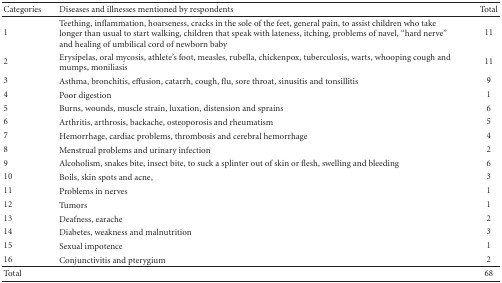
| Categories | Diseases and illnesses mentioned by respondents | Total |
 | --- | --- | --- |
 | 1 | Teething, inflammation, hoarseness, cracks in the sole of the feet, general pain, to assist children who take longer than usual to start walking, children that speak with lateness, itching, problems of navel, “hard nerve” and healing of umbilical cord of newborn baby | 11 |
 | 2 | Erysipelas, oral mycosis, athlete's foot, measles, rubella, chickenpox, tuberculosis, warts, whooping cough and mumps, moniliasis | 11 |
 | 3 | Asthma, bronchitis, effusion, catarrh, cough, flu, sore throat, sinusitis and tonsillitis | 9 |
 | 4 | Poor digestion | 1 |
 | 5 | Burns, wounds, muscle strain, luxation, distension and sprains | 6 |
 | 6 | Arthritis, arthrosis, backache, osteoporosis and rheumatism | 5 |
 | 7 | Hemorrhage, cardiac problems, thrombosis and cerebral hemorrhage | 4 |
 | 8 | Menstrual problems and urinary infection | 2 |
 | 9 | Alcoholism, snakes bite, insect bite, to suck a splinter out of skin or flesh, swelling and bleeding | 6 |
 | 10 | Boils, skin spots and acne, | 3 |
 | 11 | Problems in nerves | 1 |
 | 12 | Tumors | 1 |
 | 13 | Deafness, earache | 2 |
 | 14 | Diabetes, weakness and malnutrition | 3 |
 | 15 | Sexual impotence | 1 |
 | 16 | Conjunctivitis and pterygium | 2 |
 | Total |  | 68 |